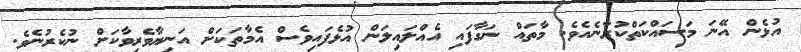
އުޅެން އޭނަ މަސައްކަތްކުރާނެއެވެ. މާތައް ނަގާފައި އެއްލައިލަން އުޅެފައިވެސް އެމާތަކަށް އަނިޔާވެރިވާކަށް ނުކެރުނެވެ.